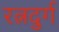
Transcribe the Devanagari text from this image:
रत्नदुर्ग